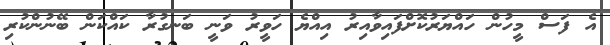
އެ ފަސް މީހުން ހައްޔަރުކޮށްފައިވާއިރު އިއްޔެ ހަވީރު ވަނީ ބަނގުރާ ކައްކަން ބޭނުންކުރި